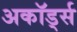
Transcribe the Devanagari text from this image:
अकॉर्ड्स